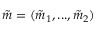
\tilde { m } = ( \tilde { m } _ { 1 } , . . . , \tilde { m } _ { 2 } )